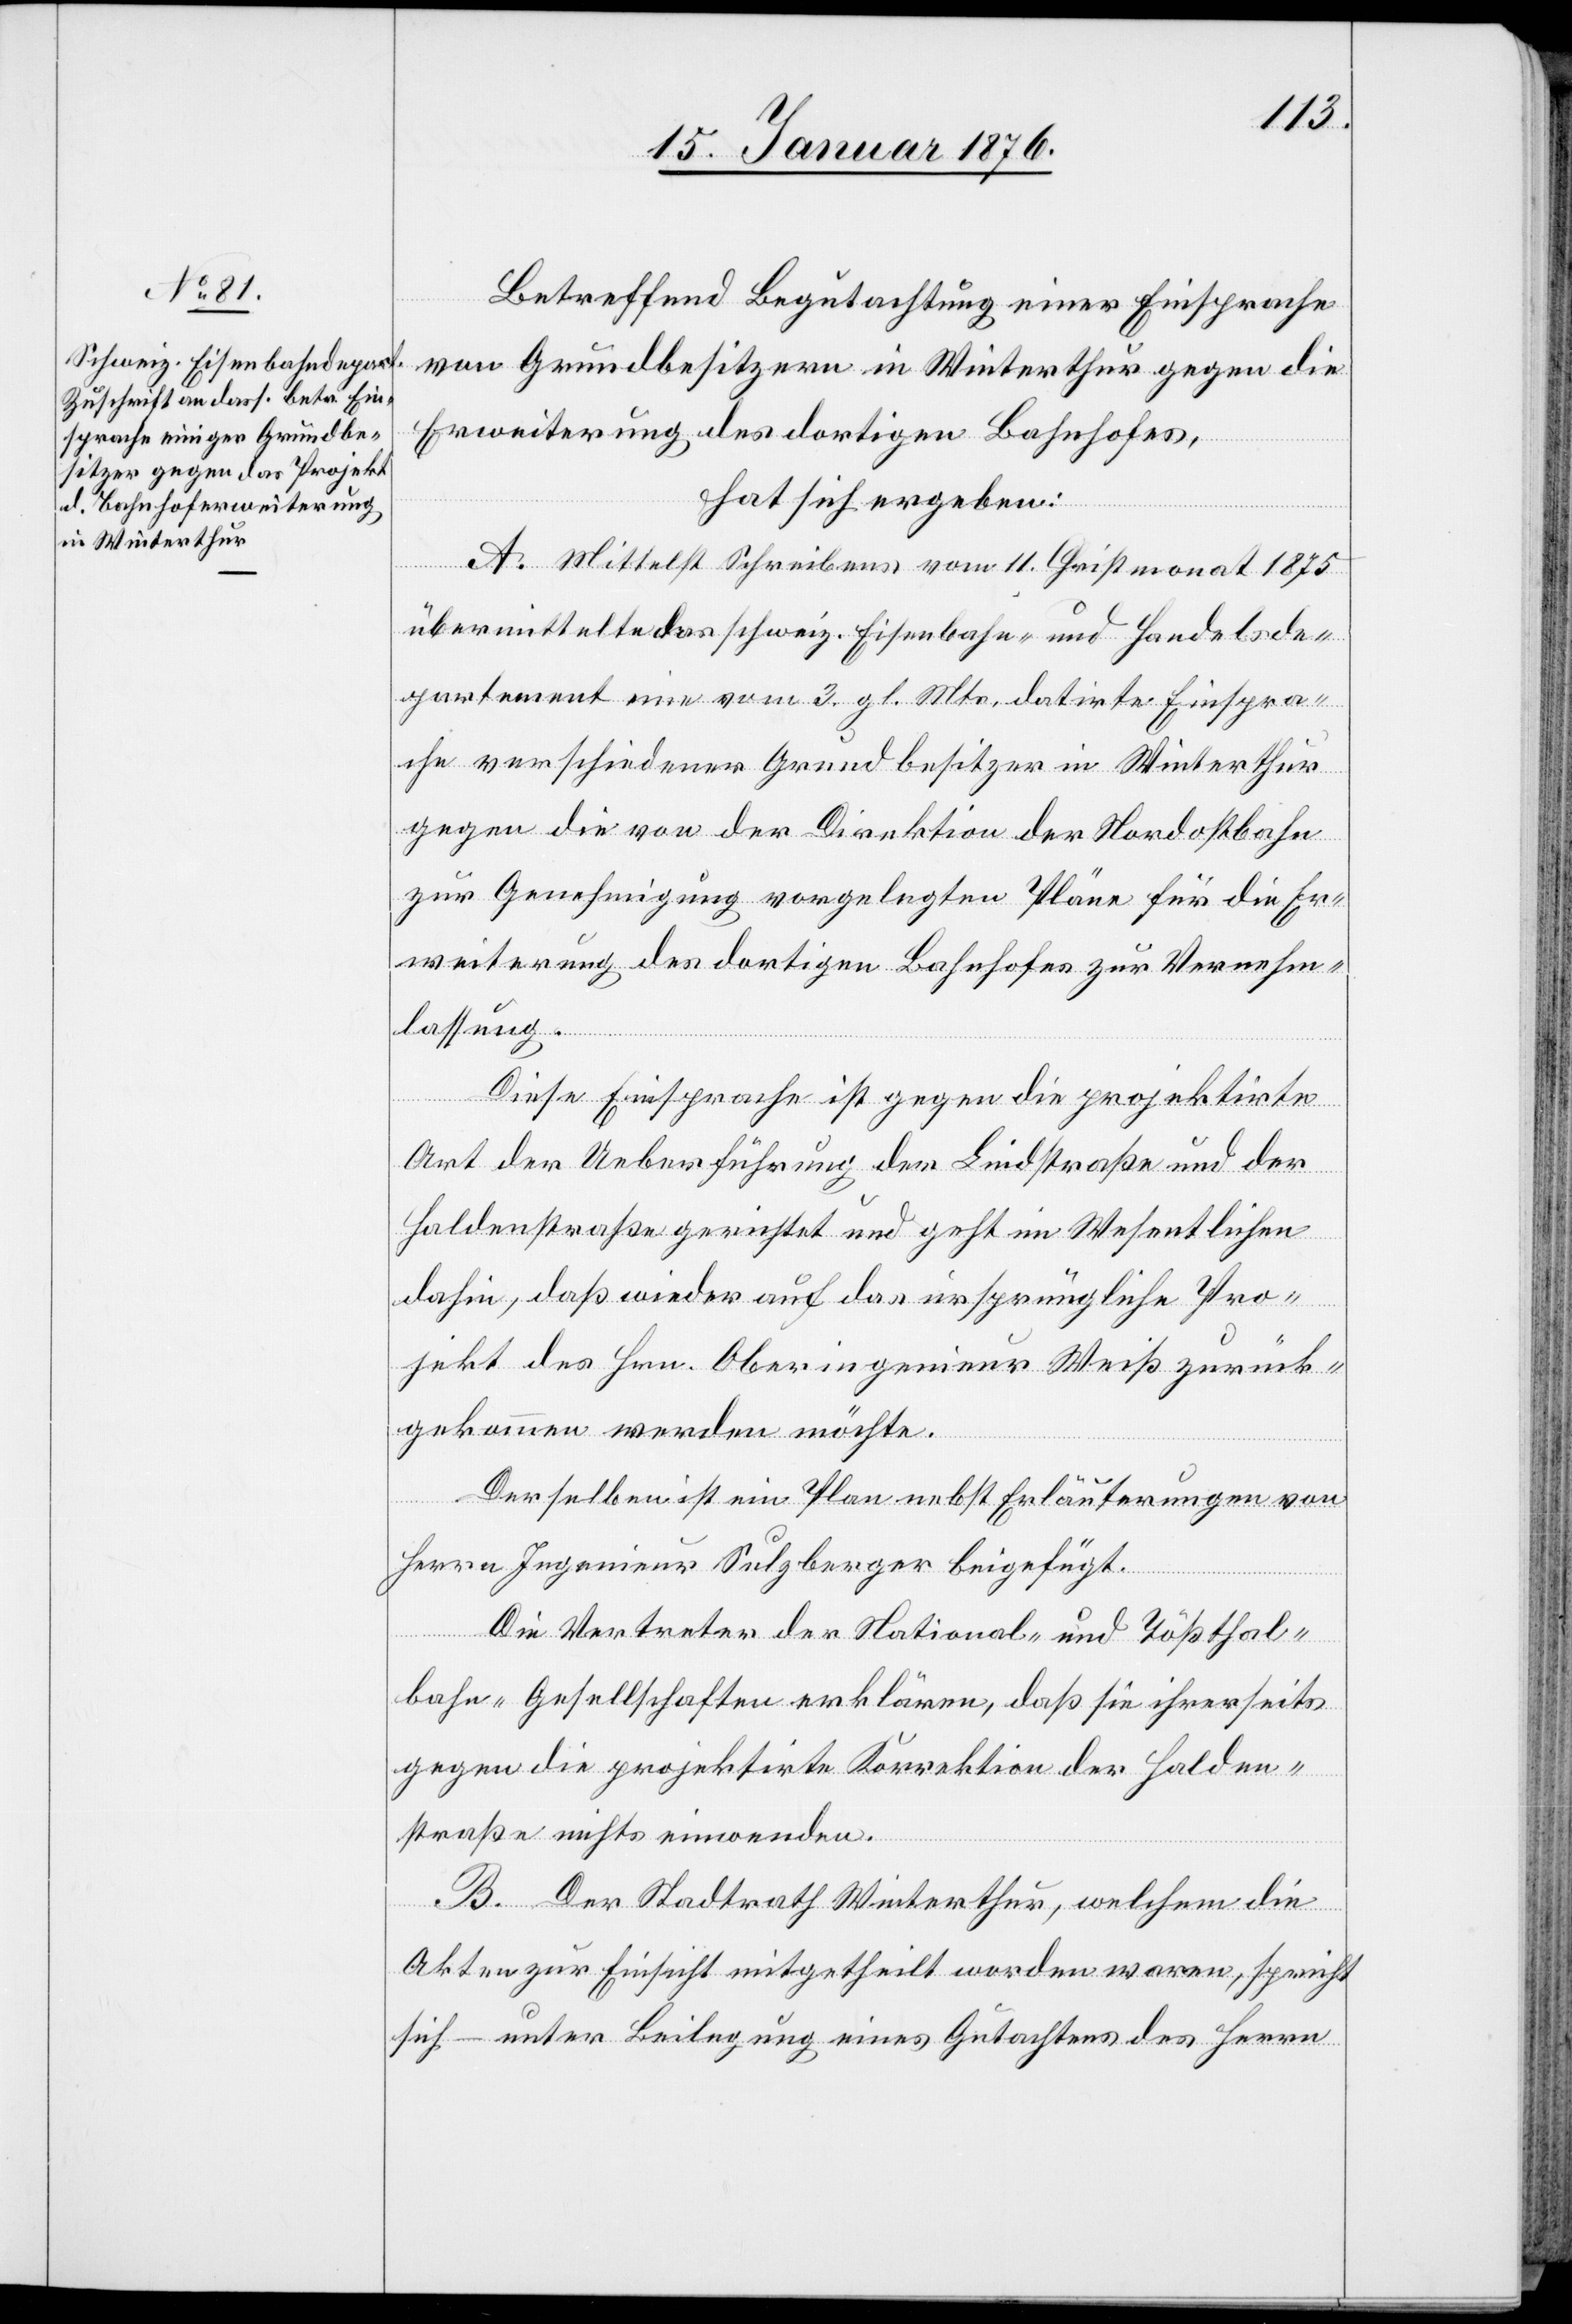
Betreffend Begutachtung einer Einsprache
von Grundbesitzern in Winterthur gegen die
Erweiterung des dortigen Bahnhofes,
hat sich ergeben:
A. Mittelst Schreibens vom 11. Christmonat 1875
übermittelte das schweiz. Eisenbahn- und Handelsde¬
partement eine vom 3. gl. Mts. datirte Einspra¬
che verschiedener Grundbesitzer in Winterthur
gegen die von der Direktion der Nordostbahn
zur Genehmigung vorgelegten Pläne für die Er¬
weiterung des dortigen Bahnhofes zur Vernehm¬
lassung.
Diese Einsprache ist gegen die projektirte
Art der Ueberführung der Lindstraße und der
Haldenstraße gerichtet und geht im Wesentlichen
dahin, daß wieder auf das ursprüngliche Pro¬
jekt des Hrn. Oberingenieur Weiß zurück¬
gekommen werden möchte.
Derselben ist ein Plan nebst Erläuterungen von
Herrn Ingenieur Sulzberger beigefügt.
Die Vertreter der National- und Tößthal¬
bahn-Gesellschaften erklären, daß sie ihrerseits
gegen die projektirte Korrektion der Halden¬
straße nichts einwenden.
B. Der Stadtrath Winterthur, welchem die
Akten zur Einsicht mitgetheilt worden waren, spricht
sich – unter Beilegung eines Gutachtens des Herrn